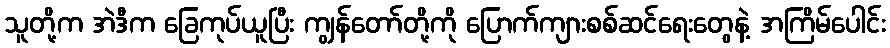
သူတို့က အဲဒီက ခြေကုပ်ယူပြီး ကျွန်တော်တို့ကို ပြောက်ကျားစစ်ဆင်ရေးတွေနဲ့ အကြိမ်ပေါင်း